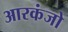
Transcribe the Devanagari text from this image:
आरकंजो